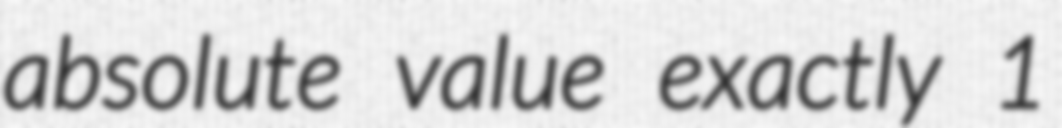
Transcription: absolute value exactly 1